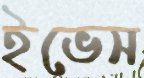
ইভেস